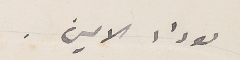
لوداد الامين.